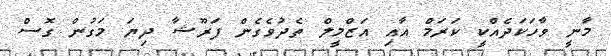
މާނީ ވާހަކަދެއްކީ ކަރަމް އާއި އަޒްމީލް ތެދުވެގެން ފަރޫޝާ ދިޔަ މަގުން ގޮސް